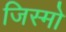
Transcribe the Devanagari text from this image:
जिस्मो